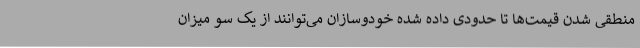
منطقی شدن قیمت‌ها تا حدودی داده شده خودوسازان می‌توانند از یک سو میزان